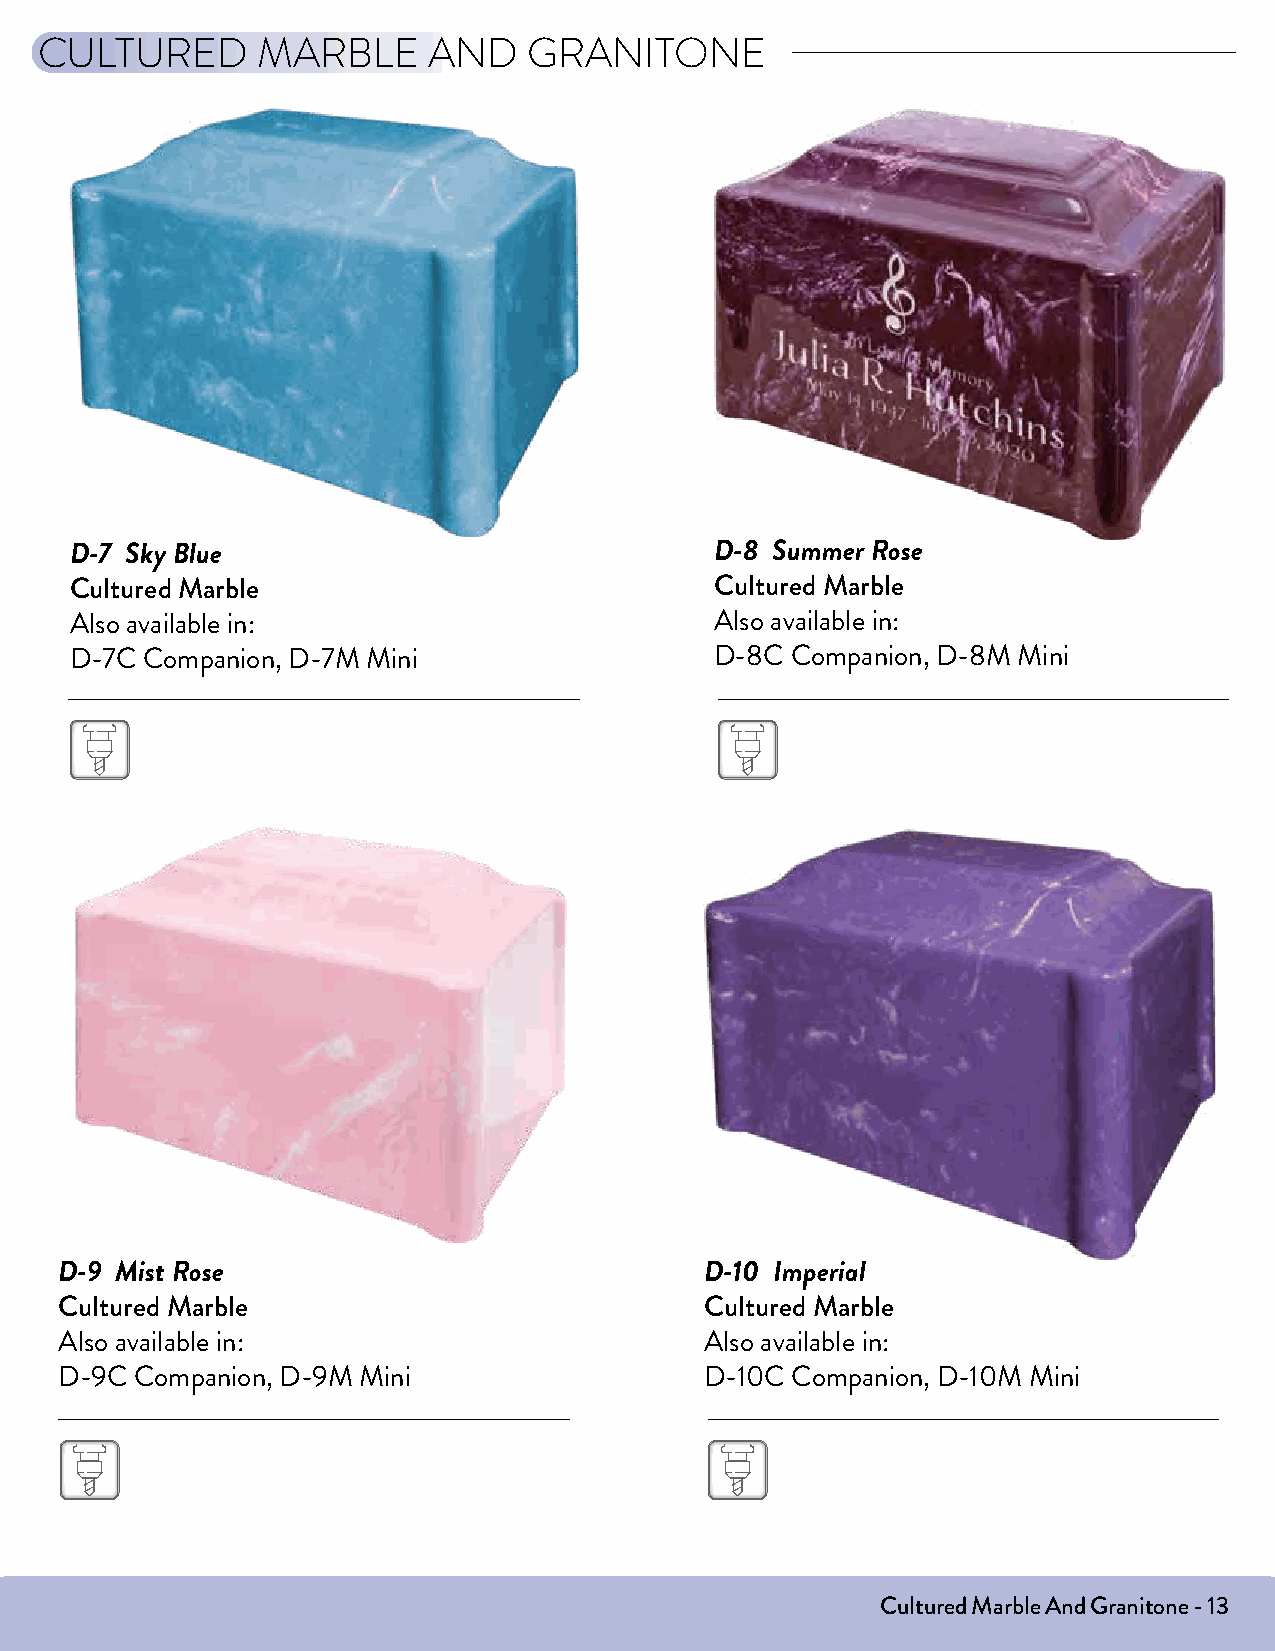
CULTURED       MARBLE     AND    GRANITONE
 D-7 Sky Blue                              D-8 Summer Rose
 Cultured Marble                           Cultured Marble
 Also available in:                        Also available in:
 D-7C Companion, D-7M Mini                 D-8C Companion, D-8M Mini
 D-9 Mist Rose                              D-10 Imperial
 Cultured Marble                            Cultured Marble
 Also available in:                         Also available in:
 D-9C Companion, D-9M Mini                  D-10C Companion, D-10M Mini
 Cultured Marble And Granitone - 13